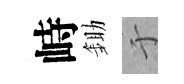
峙鋤于